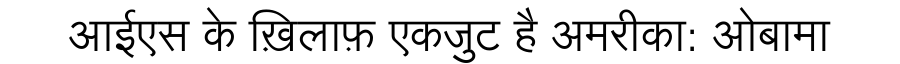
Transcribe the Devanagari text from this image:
आईएस के ख़िलाफ़ एकजुट है अमरीका: ओबामा